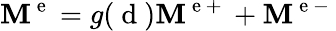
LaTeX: {\mathbf M}^{\mathrm{~e~}}=g(\mathrm{~d~})\textbf{M}^{\mathrm{~e~+~}}+\textbf{M}^{\mathrm{~e~-~}}